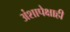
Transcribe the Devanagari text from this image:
अंशापेक्षाही